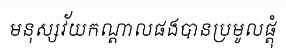
មនុស្សវ័យកណ្តាលផងបានប្រមូលផ្តុំ